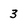
Character: 3